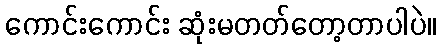
ကောင်းကောင်း ဆုံးမတတ်တော့တာပါပဲ။